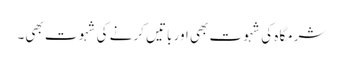
شرمگاہ کی شہوت بھی اور باتیں کرنے کی شہوت بھی۔